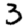
Digit: 3